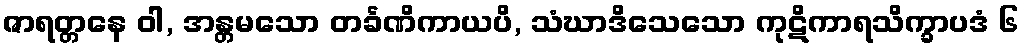
ဇာရတ္တနေ ဝါ, အန္တမသော တင်္ခဏိကာယပိ, သံဃာဒိသေသော ကုဋိကာရသိက္ခာပဒံ ၆